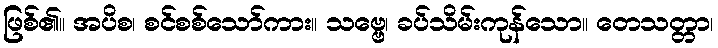
ဖြစ်၏။ အပိစ၊ စင်စစ်သော်ကား။ သဗ္ဗေ၊ ခပ်သိမ်းကုန်သော။ တေသတ္တာ၊